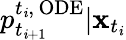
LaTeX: p_{t_{\mathit{i}+1}}^{{t_{\mathit{i}}},\, \mathrm{{ODE}}}|\mathbf{{x}}_{t_{\mathit{i}}}